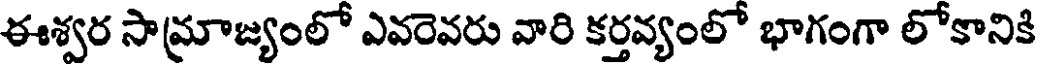
ఈశ్వర సామ్రాజ్యంలో ఎవరెవరు వారి కర్తవ్యంలో భాగంగా లోకానికి